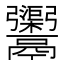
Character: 𩱮